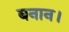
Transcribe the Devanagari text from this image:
बनान।